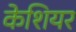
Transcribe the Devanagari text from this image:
केशियर